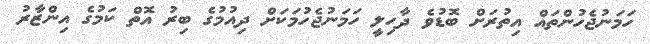
ހަމަނުޖެހުންތައް އިތުރަށް ބޮޑުވެ ދާހިލީ ހަމަނުޖެހުމަކަށް ދިއުމުގެ ބިރު އޮތް ކަމުގެ އިންޒާރު